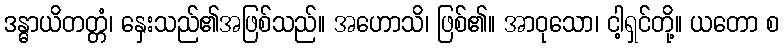
ဒန္ဓာယိတတ္တံ၊ နှေးသည်၏အဖြစ်သည်။ အဟောသိ၊ ဖြစ်၏။ အာဝုသော၊ ငါ့ရှင်တို့။ ယတော စ